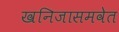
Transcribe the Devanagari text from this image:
खनिजासमवेत